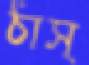
ঠাস্